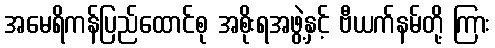
အမေရိကန်ပြည်ထောင်စု အစိုးရအဖွဲ့နှင့် ဗီယက်နမ်တို့ ကြား